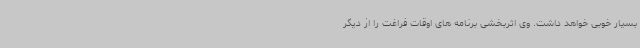
بسیار خوبی خواهد داشت. وی اثربخشی برنامه های اوقات فراغت را از دیگر